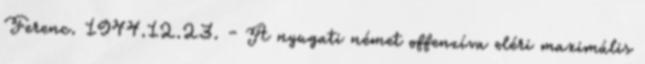
Ferenc. 1944.12.23. - A nyugati német offenzíva eléri maximális